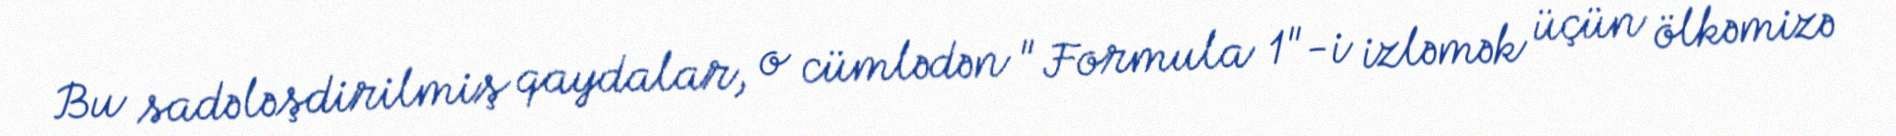
Bu sadələşdirilmiş qaydalar, o cümlədən " Formula 1"-i izləmək üçün ölkəmizə